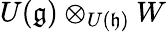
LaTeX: U({\mathfrak{g}})\otimes_{U({\mathfrak{h}})}W